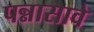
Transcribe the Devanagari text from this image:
पन्नासावे